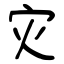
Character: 灾